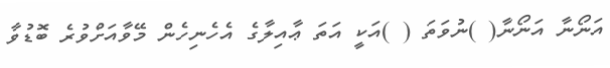
އަނޯނާ އަނޯނާ( )ނުވަތަ ( )އަކީ އަތަ ޢާއިލާގެ އެހެނިހެން މޭވާއަށްވުރެ ބޮޑުވާ